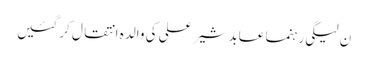
ن لیگی رہنما عابد شیر علی کی والدہ انتقال کر گئیں